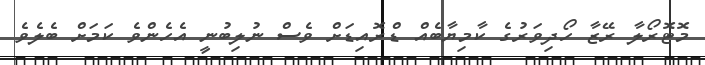
މޮޓޮރޯލާ ރޭޒާ ހޯދިވަރުގެ ކާމިޔާބެއް ޑްރޮއިޑަށް ވެސް ނުލިބުނީ އެހެންވެ ކަމަށް ބެލެވެ